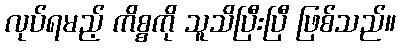
လုပ်ရမည့် ကိစ္စကို သူသိပြီးပြီ ဖြစ်သည်။